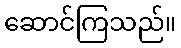
ဆောင်ကြသည်။